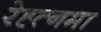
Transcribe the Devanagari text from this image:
रेह्त्नमा